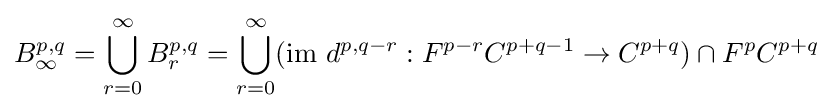
B_{\infty }^{p,q}=\bigcup _{r=0}^{\infty }B_{r}^{p,q}=\bigcup _{r=0}^{\infty }({\mbox{im }}d^{p,q-r}:F^{p-r}C^{p+q-1}\rightarrow C^{p+q})\cap F^{p}C^{p+q}